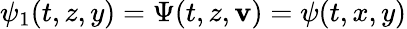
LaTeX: \psi_{1}(t,z,y)=\Psi(t,z,\mathbf{v})=\psi(t,x,y)